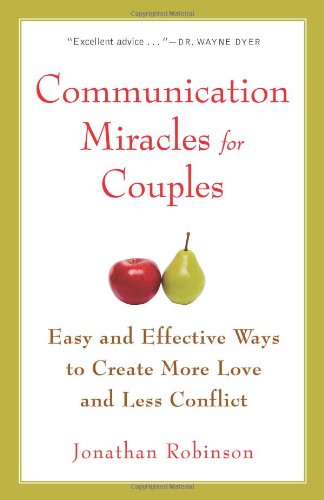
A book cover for Communication Miracles for Couples: Easy and Effective Tools to Create More Love and Less Conflict; Jonathan Robinson; Parenting & Relationships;